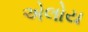
એલોય